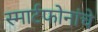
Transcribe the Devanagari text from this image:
स्मार्टफोनांचे